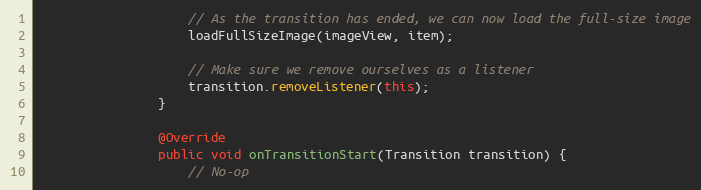
Language: Java
                    // As the transition has ended, we can now load the full-size image
                    loadFullSizeImage(imageView, item);

                    // Make sure we remove ourselves as a listener
                    transition.removeListener(this);
                }

                @Override
                public void onTransitionStart(Transition transition) {
                    // No-op